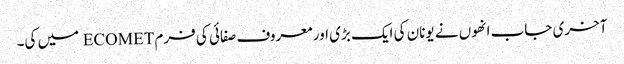
آخری جاب انھوں نے یونان کی ایک بڑی اور معروف صفائی کی فرم ECOMET میں کی۔